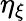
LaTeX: \eta_{\xi}